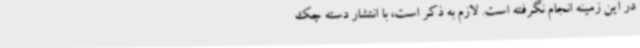
در این زمینه انجام نگرفته است. لازم به ذکر است، با انتشار دسته چک